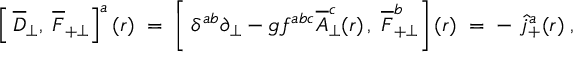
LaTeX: \left[ \frac { } { } \overline { { { D } } } _ { \perp } , \; \overline { { { F } } } _ { + \perp } \right] ^ { a } ( r ) \; = \; \left[ \frac { } { } \delta ^ { a b } \partial _ { \perp } - g f ^ { a b c } \overline { { { A } } } _ { \perp } ^ { c } ( r ) \, , \; \overline { { { F } } } _ { + \perp } ^ { b } \right] ( r ) \; = \; - \; \widehat { j } _ { + } ^ { a } ( r ) \; ,